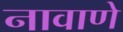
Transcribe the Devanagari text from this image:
नावाणे